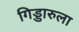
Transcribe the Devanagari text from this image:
गिड्डारुला